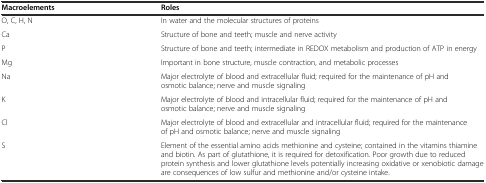
<table><thead><tr><td><b>Macroelements</b></td><td><b>Roles</b></td></tr></thead><tbody><tr><td>O, C, H, N</td><td>In water and the molecular structures of proteins</td></tr><tr><td>Ca</td><td>Structure of bone and teeth; muscle and nerve activity</td></tr><tr><td>P</td><td>Structure of bone and teeth; intermediate in REDOX metabolism and production of ATP in energy</td></tr><tr><td>Mg</td><td>Important in bone structure, muscle contraction, and metabolic processes</td></tr><tr><td>Na</td><td>Major electrolyte of blood and extracellular fluid; required for the maintenance of pH and osmotic balance; nerve and muscle signaling</td></tr><tr><td>K</td><td>Major electrolyte of blood and intracellular fluid; required for the maintenance of pH and osmotic balance; nerve and muscle signaling</td></tr><tr><td>Cl</td><td>Major electrolyte of blood and extracellular and intracellular fluid; required for the maintenance of pH and osmotic balance; nerve and muscle signaling</td></tr><tr><td>S</td><td>Element of the essential amino acids methionine and cysteine; contained in the vitamins thiamine and biotin. As part of glutathione, it is required for detoxification. Poor growth due to reduced protein synthesis and lower glutathione levels potentially increasing oxidative or xenobiotic damage are consequences of low sulfur and methionine and/or cysteine intake.</td></tr></tbody></table>